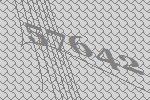
57642